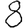
Digit: 8